Indian journal of veterinary science and animal husbandry - Volume 1,
Year: 1931
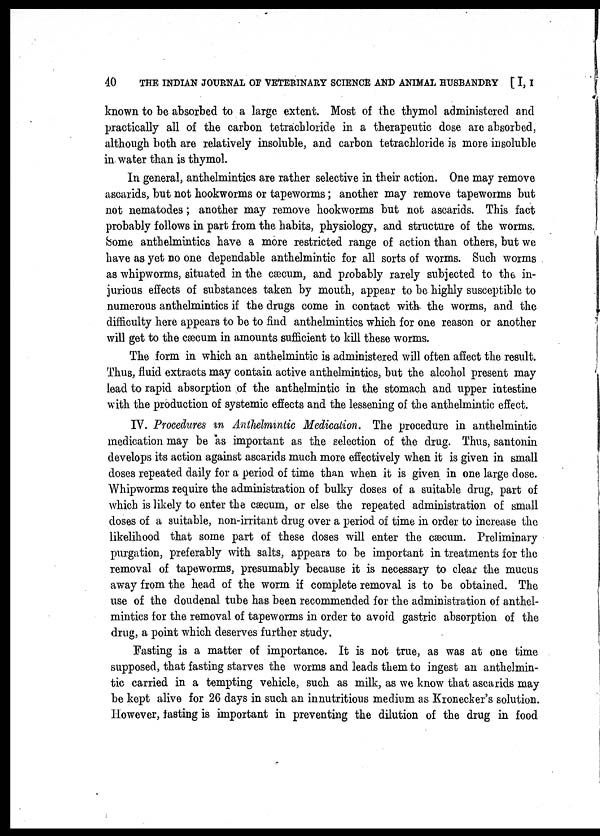
40 THE INDIAN JOURNAL OF VETERINARY SCIENCE AND ANIMAL HUSBANDRY [ I, I
known to be absorbed to a large extent. Most of the thymol administered and
practically all of the carbon tetrachloride in a therapeutic dose are absorbed,
although both are relatively insoluble, and carbon tetrachloride is more insoluble
in water than is thymol.
In general, anthelmintics are rather selective in their action. One may remove
ascarids, but not hookworms or tapeworms ; another may remove tapeworms but
not nematodes ; another may remove hookworms but not ascarids. This fact
probably follows in part from the habits, physiology, and structure of the worms.
Some anthelmintics have a more restricted range of action than others, but we
have as yet no one dependable anthelmintic for all sorts of worms. Such worms
as whipworms, situated in the cæcum, and probably rarely subjected to the in-
jurious effects of substances taken by mouth, appear to be highly susceptible to
numerous anthelmintics if the drugs come in contact with the worms, and the
difficulty here appears to be to find anthelmintics which for one reason or another
will get to the cæcum in amounts sufficient to kill these worms.
The form in which an anthelmintic is administered will often affect the result.
Thus, fluid extracts may contain active anthelmintics, but the alcohol present may
lead to rapid absorption of the anthelmintic in the stomach and upper intestine
with the production of systemic effects and the lessening of the anthelmintic effect.
IV. Procedures in Anthelmintic Medication. The procedure in anthelmintic
medication may be as important as the selection of the drug. Thus, santonin
develops its action against ascarids much more effectively when it is given in small
doses repeated daily for a period of time than when it is given in one large dose.
Whipworms require the administration of bulky doses of a suitable drug, part of
which is likely to enter the cæcum, or else the repeated administration of small
doses of a suitable, non-irritant drug over a period of time in order to increase the
likelihood that some part of these doses will enter the cæcum. Preliminary
purgation, preferably with salts, appears to be important in treatments for the
removal of tapeworms, presumably because it is necessary to clear the mucus
away from the head of the worm if complete removal is to be obtained. The
use of the doudenal tube has been recommended for the administration of anthel-
mintics for the removal of tapeworms in order to avoid gastric absorption of the
drug, a point which deserves further study.
Fasting is a matter of importance. It is not true, as was at one time
supposed, that fasting starves the worms and leads them to ingest an anthelmin-
tic carried in a tempting vehicle, such as milk, as we know that ascarids may
be kept alive for 26 days in such an innutritious medium as Kronecker's solution.
However, tasting is important in preventing the dilution of the drug in food